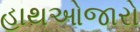
હાથઓજારો